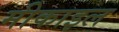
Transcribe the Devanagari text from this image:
मीकाइल